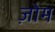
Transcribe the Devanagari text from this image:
ज़ोम